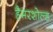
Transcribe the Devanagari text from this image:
हैमरशोल्ड